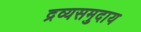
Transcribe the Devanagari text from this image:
द्रव्यसमुदाय